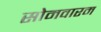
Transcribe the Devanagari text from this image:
सोमवारम